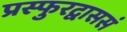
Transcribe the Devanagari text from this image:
प्रस्फुरद्वाससं